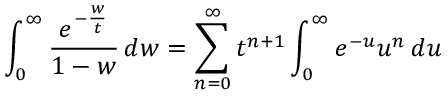
\int _ { 0 } ^ { \infty } { \frac { e ^ { - { \frac { w } { t } } } } { 1 - w } } \, d w = \sum _ { n = 0 } ^ { \infty } t ^ { n + 1 } \int _ { 0 } ^ { \infty } e ^ { - u } u ^ { n } \, d u